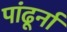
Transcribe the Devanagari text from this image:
पांढूर्ना